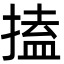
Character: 搕